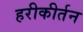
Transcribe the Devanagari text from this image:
हरीकीर्तन